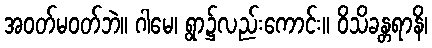
အဝတ်မဝတ်ဘဲ။ ဂါမေ၊ ရွာ၌လည်းကောင်း။ ဝိသိခန္တရာနိ၊